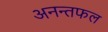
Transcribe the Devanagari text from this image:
अनन्तफल